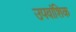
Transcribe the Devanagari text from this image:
उपवांशिक